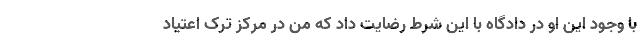
با وجود این او در دادگاه با این شرط رضایت داد که من در مرکز ترک اعتیاد